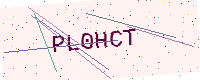
Text: PL0HCT